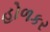
હોળકર